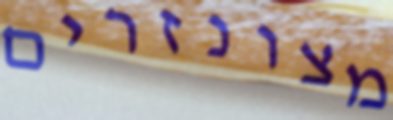
מצונזרים